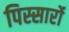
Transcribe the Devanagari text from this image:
पिस्सार्रो